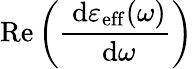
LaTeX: \operatorname{Re}\left(\frac{\ \mathrm{d}\varepsilon_{\mathrm{eff}}(\omega)}{\ \mathrm{d}\omega}\right)